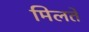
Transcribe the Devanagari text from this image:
मिलते